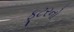
ફૂટરનો